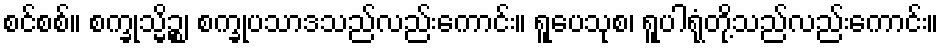
စင်စစ်။ စက္ခုသ္မိဉ္စ၊ စက္ခုပသာဒသည်လည်းကောင်း။ ရူပေသုစ၊ ရူပါရုံတို့သည်လည်းကောင်း။